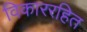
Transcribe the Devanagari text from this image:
विकाररहित